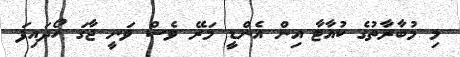
މި މުބާރާތުގެ ކުއާޓާ އިން އެންޑީ މަރޭ ވެސް ވަނީ ޖާގަ ހޯދައިފަ